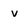
Character: v